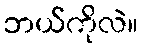
ဘယ်ကိုလဲ။